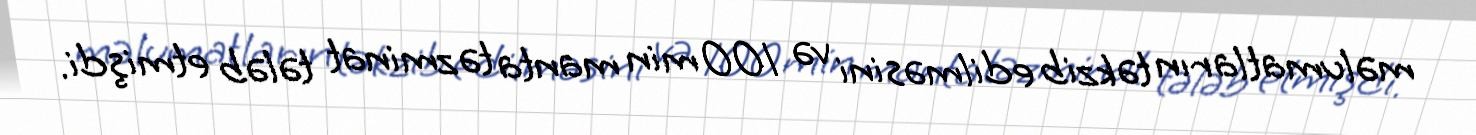
məlumatların təkzib edilməsini və 100 min manta təzminat tələb etmişdi.